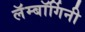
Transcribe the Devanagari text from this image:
लॅम्बॉर्गिनी